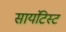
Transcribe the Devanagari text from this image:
सायंटिस्ट